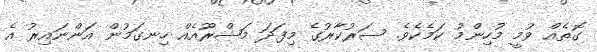
ގޮތެއް ވުމީ މުހިންމު ކަމެކެވެ. ސަރުކާރުގެ މިފަދަ މަޝްރޫއެއް ހިނގަމުން އަންނައިރު އެ